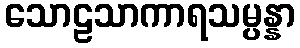
သောဠသာကာရသမ္ပန္နာ